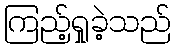
ကြည့်ရှုခဲ့သည်